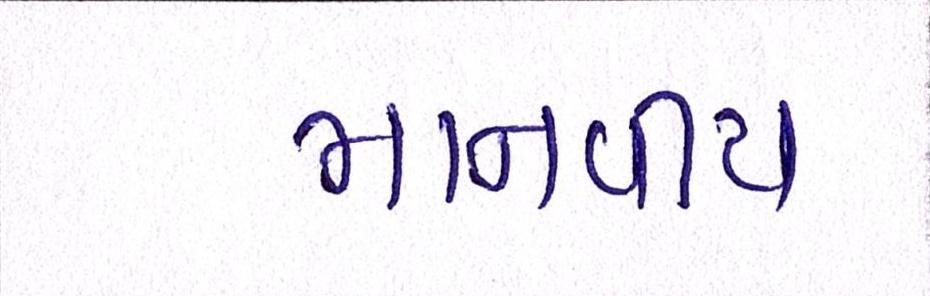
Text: માનવીય